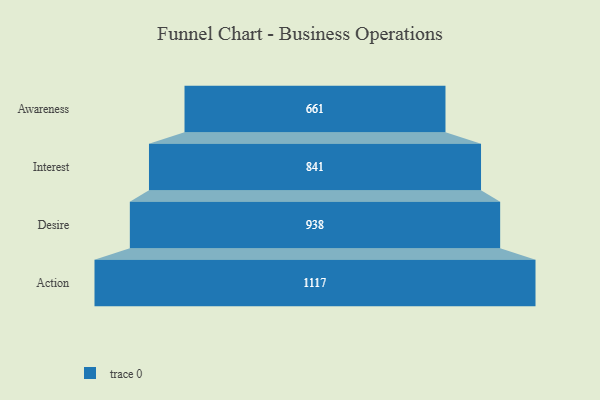
{"axis": {"x": "Stage", "y": "Value"}, "legend": [""], "data": [{"x": "Awareness", "y": 661.0, "type": ""}, {"x": "Interest", "y": 841.0, "type": ""}, {"x": "Desire", "y": 938.0, "type": ""}, {"x": "Action", "y": 1117.0, "type": ""}]}